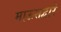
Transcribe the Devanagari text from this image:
माऊसद्वारे